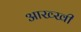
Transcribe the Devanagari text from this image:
आख्खी